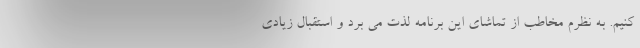
کنیم. به نظرم مخاطب از تماشای این برنامه لذت می برد و استقبال زیادی